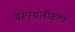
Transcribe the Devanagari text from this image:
मरूस्थलीकरण